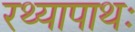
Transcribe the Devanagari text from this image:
रथ्यापाथः